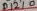
Text: D12